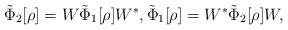
LaTeX: \begin{align*}\tilde{\Phi}_{2}[\rho ]=W\tilde{\Phi}_{1}[\rho ]W^{\ast },\tilde{\Phi}_{1}[\rho ]=W^{\ast }\tilde{\Phi}_{2}[\rho ]W, \end{align*}